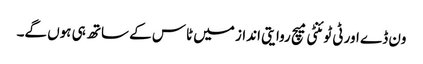
ون ڈے اور ٹی ٹوئنٹی میچ روایتی انداز میں ٹاس کے ساتھ ہی ہوں گے۔